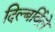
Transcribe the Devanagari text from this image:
दिल्बर्विले